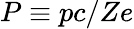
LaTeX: P\equiv pc/Ze